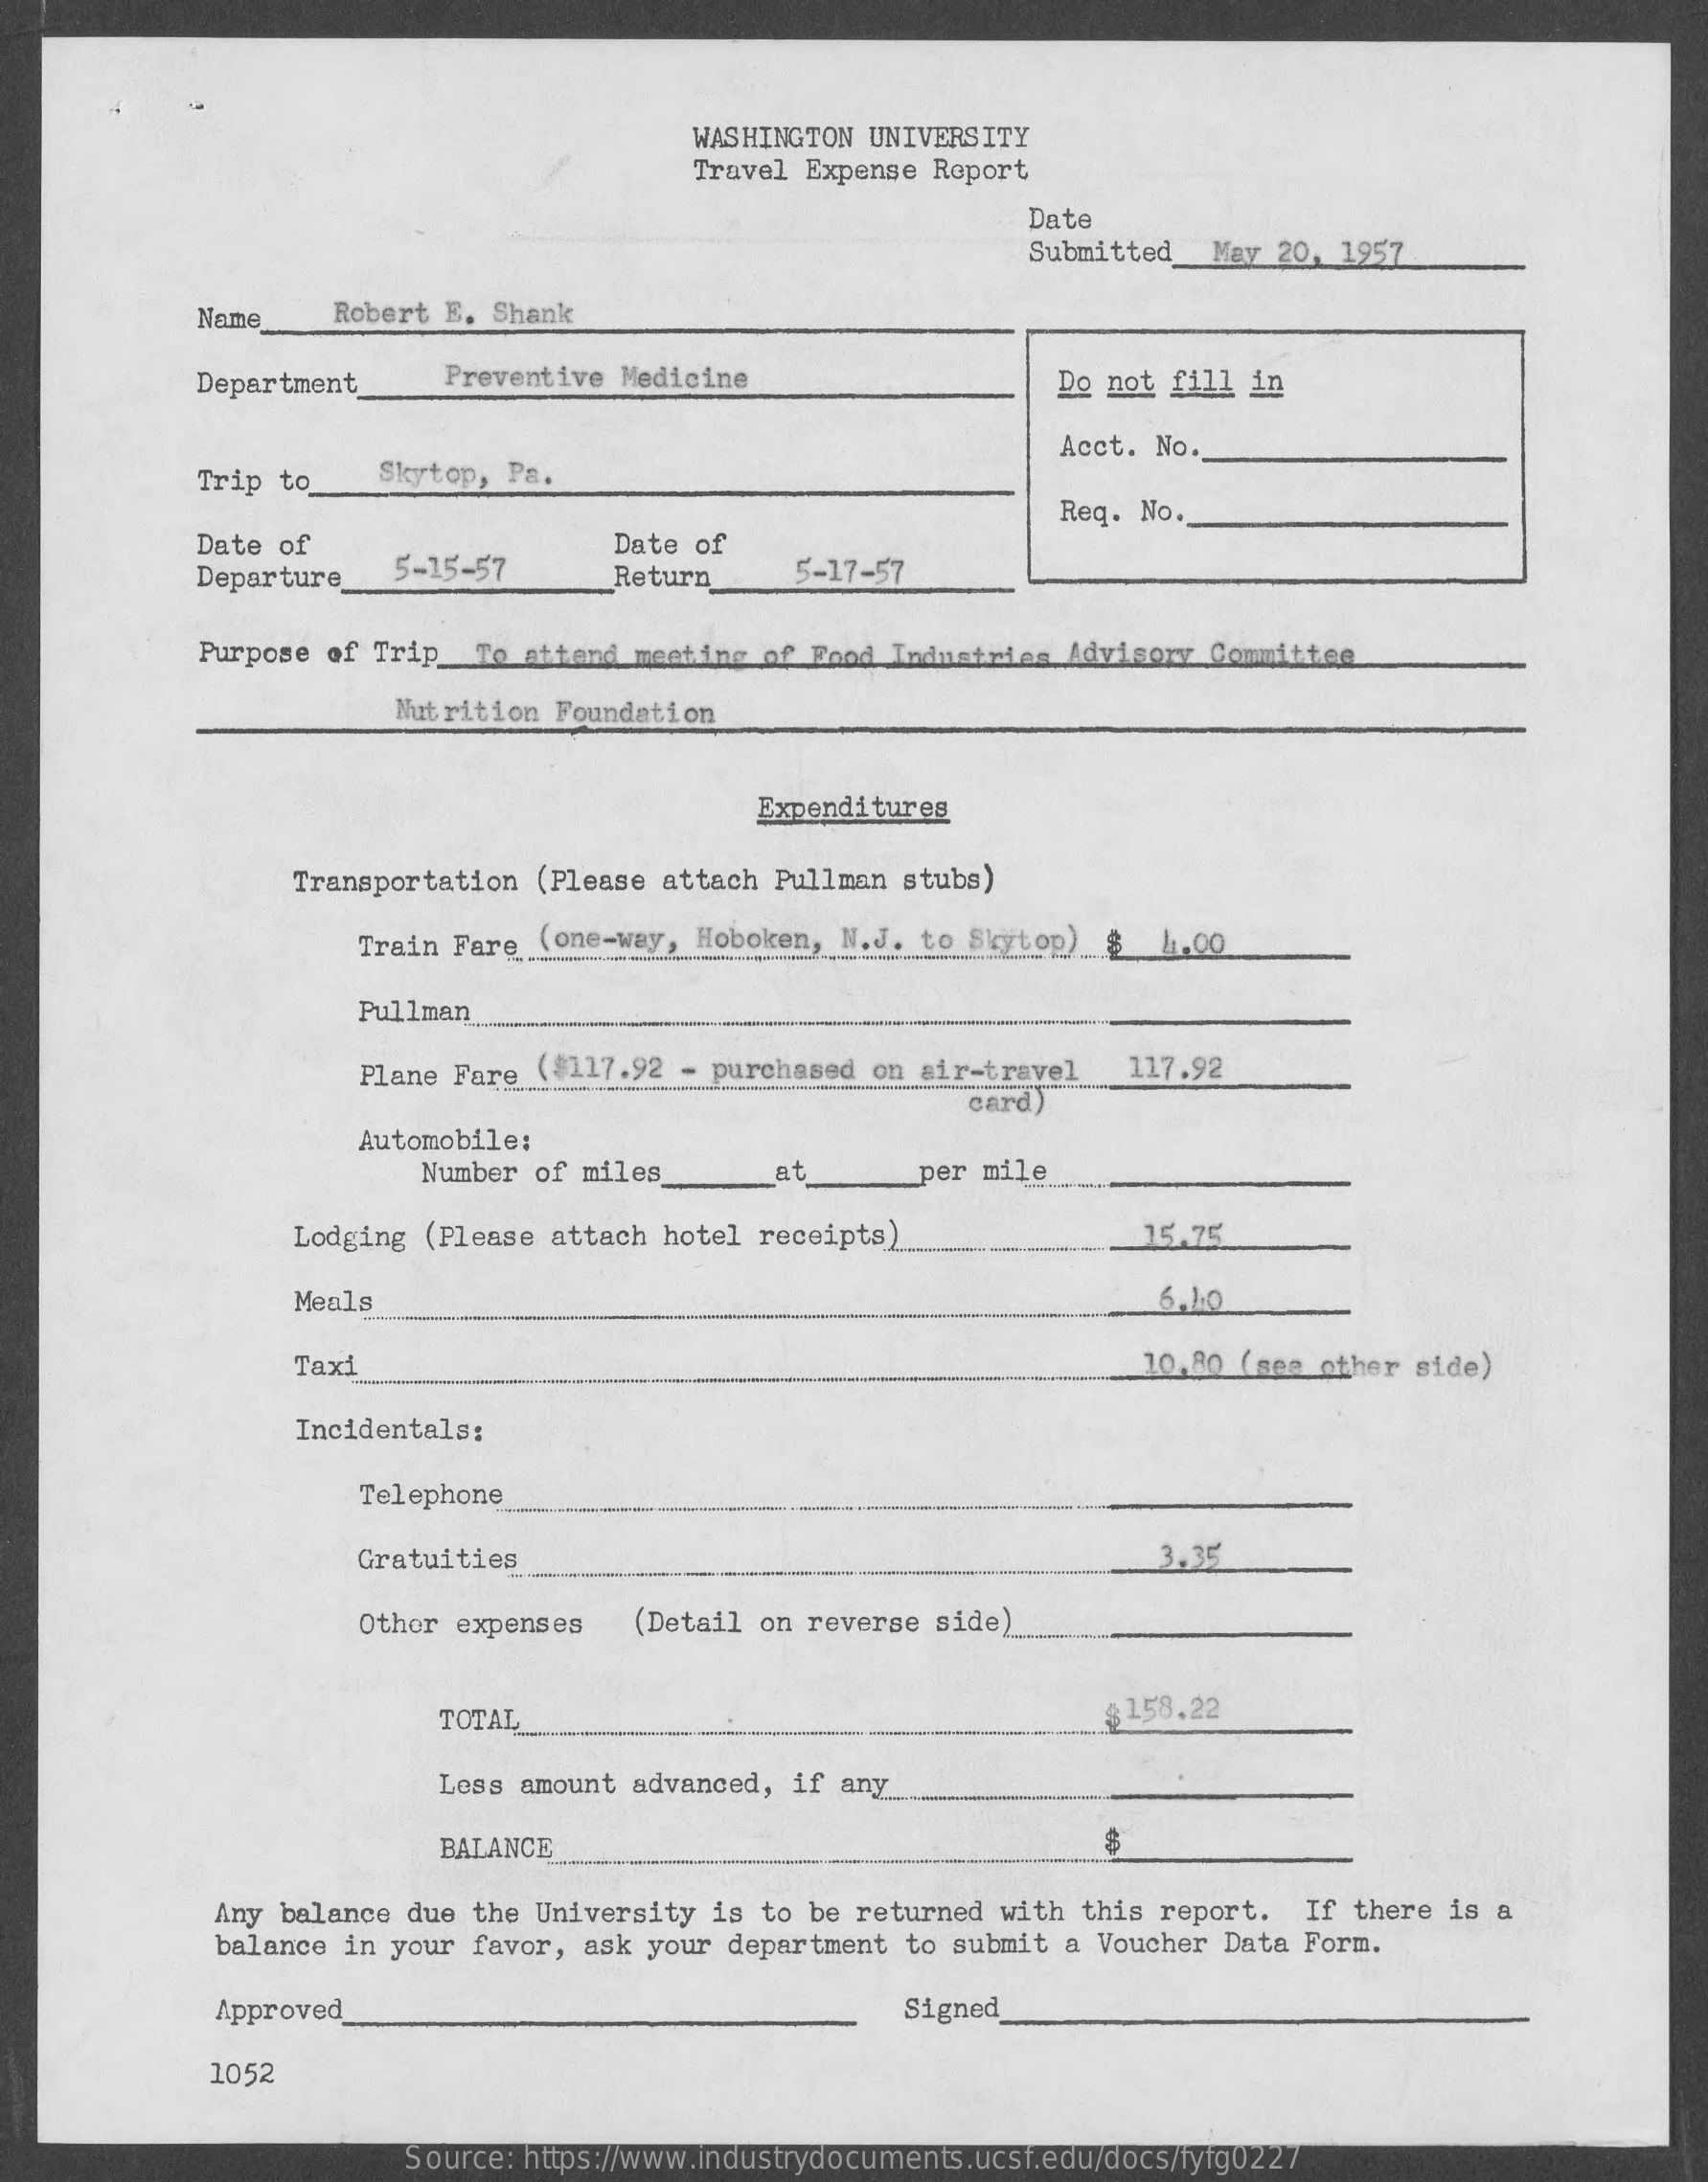
WASHINGTON    UNIVERSITY
     Travel    Expense    Report
     Date
     Submitted    May    20,    1957
     Name    Robert    E.    Shank
     Department    Preventive    Medicine    Do    not    fill    in
     Acct.    No.
     Trip    to    Skytop,    Pa.
     Req.    No.
     Date    of
     Departure_    5-15-57
     Date    of
     Return    5-17-57
     Purpose    of   Trip_To    attand    meeting    of   Food    Industries    Advisory    Committee
     Nutrition    Foundation
     Expenditures
     Transportation    (Please    attach    Pullman    stubs)
     (one-way,    Hoboken,    N.J.    to    Skytop)    $    4.00 Train Fare ............ ............ ..... .............................
     Pullman
     Plane    Fare    ( (#117.92    -  purchased    on    air-travel    117.92
     card)
     Automobile:
     Number    of    miles    at    per    mile
     Lodging    (Please    attach    hotel    receipts)    15.75
     Meals    6,10
     Taxi    10,80    (see_other    side)
     Incidentals:
     Telephone
     Gratuities    3.35
     Othor    expenses    (Detail    on   reverse    side)
     TOTAL    $ 158.22
     Less    amount    advanced,    if    any
     BALANCE
     Any    balance    due    the    University    is   to    be   returned    with    this    report.    If    there    is    a
     balance    in   your    favor,    ask    your    department    to    submit    a   Voucher    Data    Form.
     Approved    Signed
     1052
     Source:    https://www.industrydocuments.ucsf.edu/docs/fyfg0227